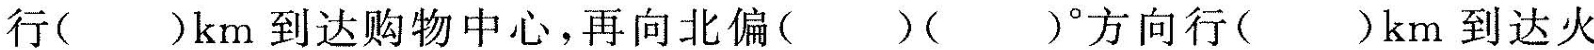
行( )km到达购物中心，再向北偏( )( )°方向行( )km到达火